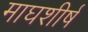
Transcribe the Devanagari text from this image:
माघशीर्ष